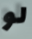
لو